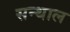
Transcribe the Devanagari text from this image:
सन्थाल